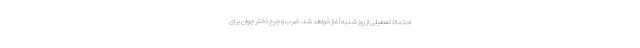
احتمالاً تعطیلی از روز شنبه آغاز خواهد شد. ضرب و جرح دختر جوان برای